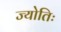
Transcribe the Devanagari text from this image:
ज्योतिः